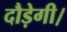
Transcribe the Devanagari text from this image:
दौड़ेगी।